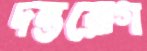
দন্তরোগ